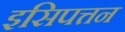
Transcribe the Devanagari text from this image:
इसिपत्तन